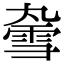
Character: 𫕣